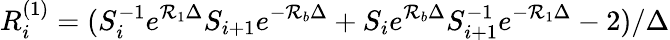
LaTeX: R_{i}^{(1)}=(S_{i}^{-1}e^{\mathcal{R}_{1}\Delta}S_{i+1}e^{-\mathcal{R}_{b}\Delta}+S_{i}e^{\mathcal{R}_{b}\Delta}S_{i+1}^{-1}e^{-\mathcal{R}_{1}\Delta}-2)/\Delta